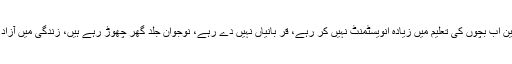
امریکی والدین اب بچوں کی تعلیم میں زیادہ انویسٹمنٹ نہیں کر رہے، قر بانیاں نہیں دے رہے، نوجوان جلد گھر چھوڑ رہے ہیں، زندگی میں آزاد ہورہے ہیں۔